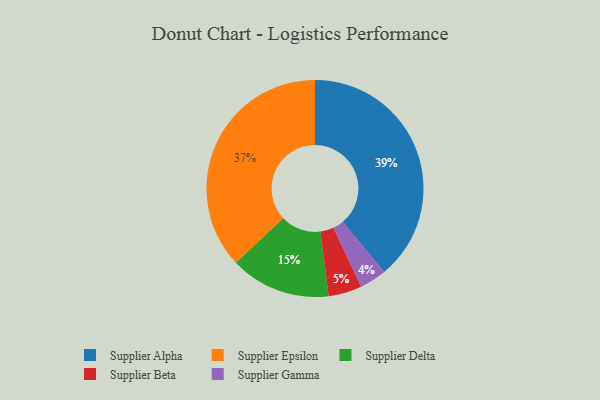
{"axis": {"x": "Category", "y": "Percentage"}, "legend": ["Supplier Alpha", "Supplier Beta", "Supplier Delta", "Supplier Epsilon", "Supplier Gamma"], "data": [{"x": "Supplier Alpha", "y": 39, "type": "Supplier Alpha"}, {"x": "Supplier Epsilon", "y": 37, "type": "Supplier Epsilon"}, {"x": "Supplier Beta", "y": 5, "type": "Supplier Beta"}, {"x": "Supplier Gamma", "y": 4, "type": "Supplier Gamma"}, {"x": "Supplier Delta", "y": 15, "type": "Supplier Delta"}]}